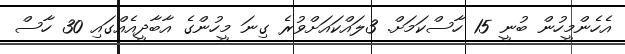
އެހެންމީހުން ބުނީ 15 ހާސްކަމަށް. 3ލައްކައަށްވުރެ ގިނަ މީހުންގެ އާބާދީއެއްގައި 30 ހާސް